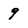
Character: 9